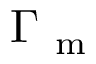
\Gamma _ { \mathrm { ~ m ~ } }